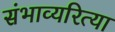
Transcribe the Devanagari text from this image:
संभाव्यरित्या